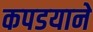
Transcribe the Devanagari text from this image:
कपडयाने